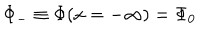
LaTeX: \Phi _ { - } \equiv \Phi ( x = - \infty ) = \Phi _ { 0 }